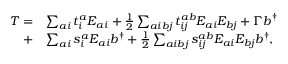
\begin{array} { r l } { T = } & { \sum _ { a i } t _ { i } ^ { a } E _ { a i } + \frac { 1 } { 2 } \sum _ { a i b j } t _ { i j } ^ { a b } E _ { a i } E _ { b j } + \Gamma b ^ { \dagger } } \\ { + } & { \sum _ { a i } s _ { i } ^ { a } E _ { a i } b ^ { \dagger } + \frac { 1 } { 2 } \sum _ { a i b j } s _ { i j } ^ { a b } E _ { a i } E _ { b j } b ^ { \dagger } , } \end{array}